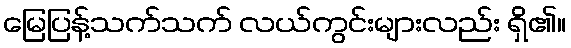
မြေပြန့်သက်သက် လယ်ကွင်းများလည်း ရှိ၏။